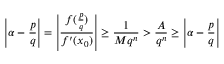
\left| \alpha - { \frac { p } { q } } \right| = \left| { \frac { f ( { \frac { p } { q } } ) } { f ^ { \prime } ( x _ { 0 } ) } } \right| \geq { \frac { 1 } { M q ^ { n } } } > { \frac { A } { q ^ { n } } } \geq \left| \alpha - { \frac { p } { q } } \right|